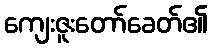
ကျေးဇူးတော်ခေတ်၏